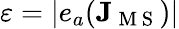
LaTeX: \varepsilon=|e_{a}(\mathbf{J}_{\mathrm{~M~S~}})|